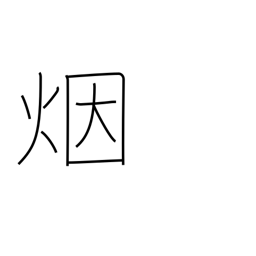
Meaning: smoke